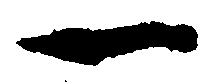
一